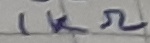
Text: 1KΩ